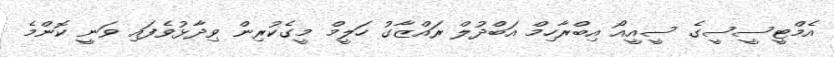
އެމްޓީސީސީގެ ސީއީއޯ އިބްރާހިމް އަބްދުލް ރަައްޒާގު ހަލީމް މީގެކުރިން ވިދާޅުވެފައި ވަނީ ކޮންމެ